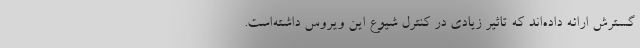
گسترش ارائه داده‌اند که تاثیر زیادی در کنترل شیوع این ویروس داشته‌است.